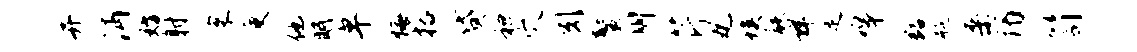
并沔妨射寰庾他眠卑悔括贷袒穴引鳌州芹丸埃骸详足嗥豁瓶桑谒笥